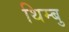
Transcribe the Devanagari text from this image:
थिम्बु